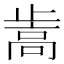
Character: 𰙵